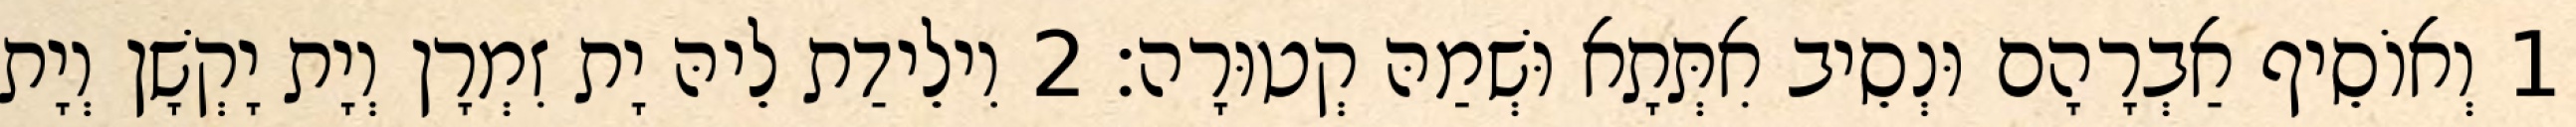
1 וְאוֹסֵיף אַבְרָהָם וּנְסֵיב אִתְּתָא וּשְׁמַהּ קְטוּרָה׃ 2 וִילֵידַת לֵיהּ יָת זִמְרָן וְיָת יָקְשָׁן וְיָת